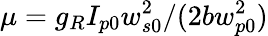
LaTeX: \mu=g_{R}I_{p0}w_{s0}^{2}/(2bw_{p0}^{2})